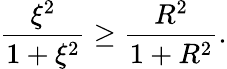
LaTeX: \frac{\xi^{2}}{1+\xi^{2}}\geq\frac{R^{2}}{1+R^{2}}.